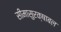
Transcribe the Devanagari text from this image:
सीमासुरक्षाबल